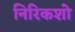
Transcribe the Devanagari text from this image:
निरिकशो